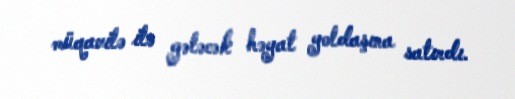
müqavilə ilə gələcək həyat yoldaşına satırdı.